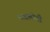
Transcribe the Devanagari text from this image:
चकलीची